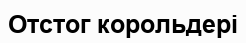
Отстог корольдері